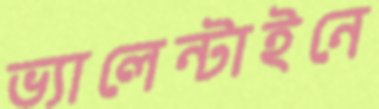
ভ্যালেন্টাইনে